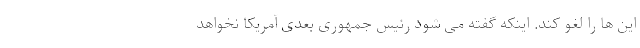
این ها را لغو کند. اینکه گفته می شود رئیس جمهوری بعدی آمریکا نخواهد